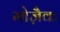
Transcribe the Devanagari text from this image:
मोजै़क